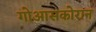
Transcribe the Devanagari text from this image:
गोआसकोरान